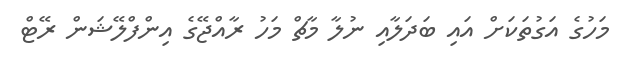
މަހުގެ އަގުތަކަށް އައި ބަދަލާއި ނުލާ މާޗް މަހު ރާއްޖޭގެ އިންފްލޭޝަން ރޭޓް